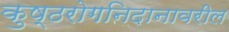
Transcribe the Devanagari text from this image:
कुष्ठरोगनिदानावरील